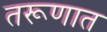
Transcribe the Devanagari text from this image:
तरूणात